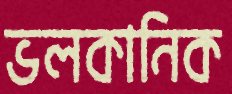
ভলকানিক